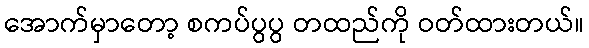
အောက်မှာတော့ စကပ်ပွပွ တထည်ကို ဝတ်ထားတယ်။